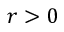
r > 0